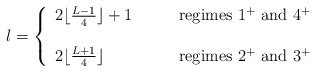
\begin{align*}l=\left\{\begin{array}{ll}2\lfloor \frac{L-1}{4} \rfloor +1 &\qquad \mbox{regimes $1^+$ and $4^+$} \\& \\2\lfloor \frac{L+1}{4} \rfloor& \qquad \mbox{regimes $2^+$ and $3^+$}\end{array} \right.\end{align*}